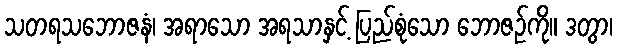
သတရသဘောဇနံ၊ အရာသော အရသာနှင့် ပြည်စုံသော ဘောဇဉ်ကို။ ဒတွာ၊